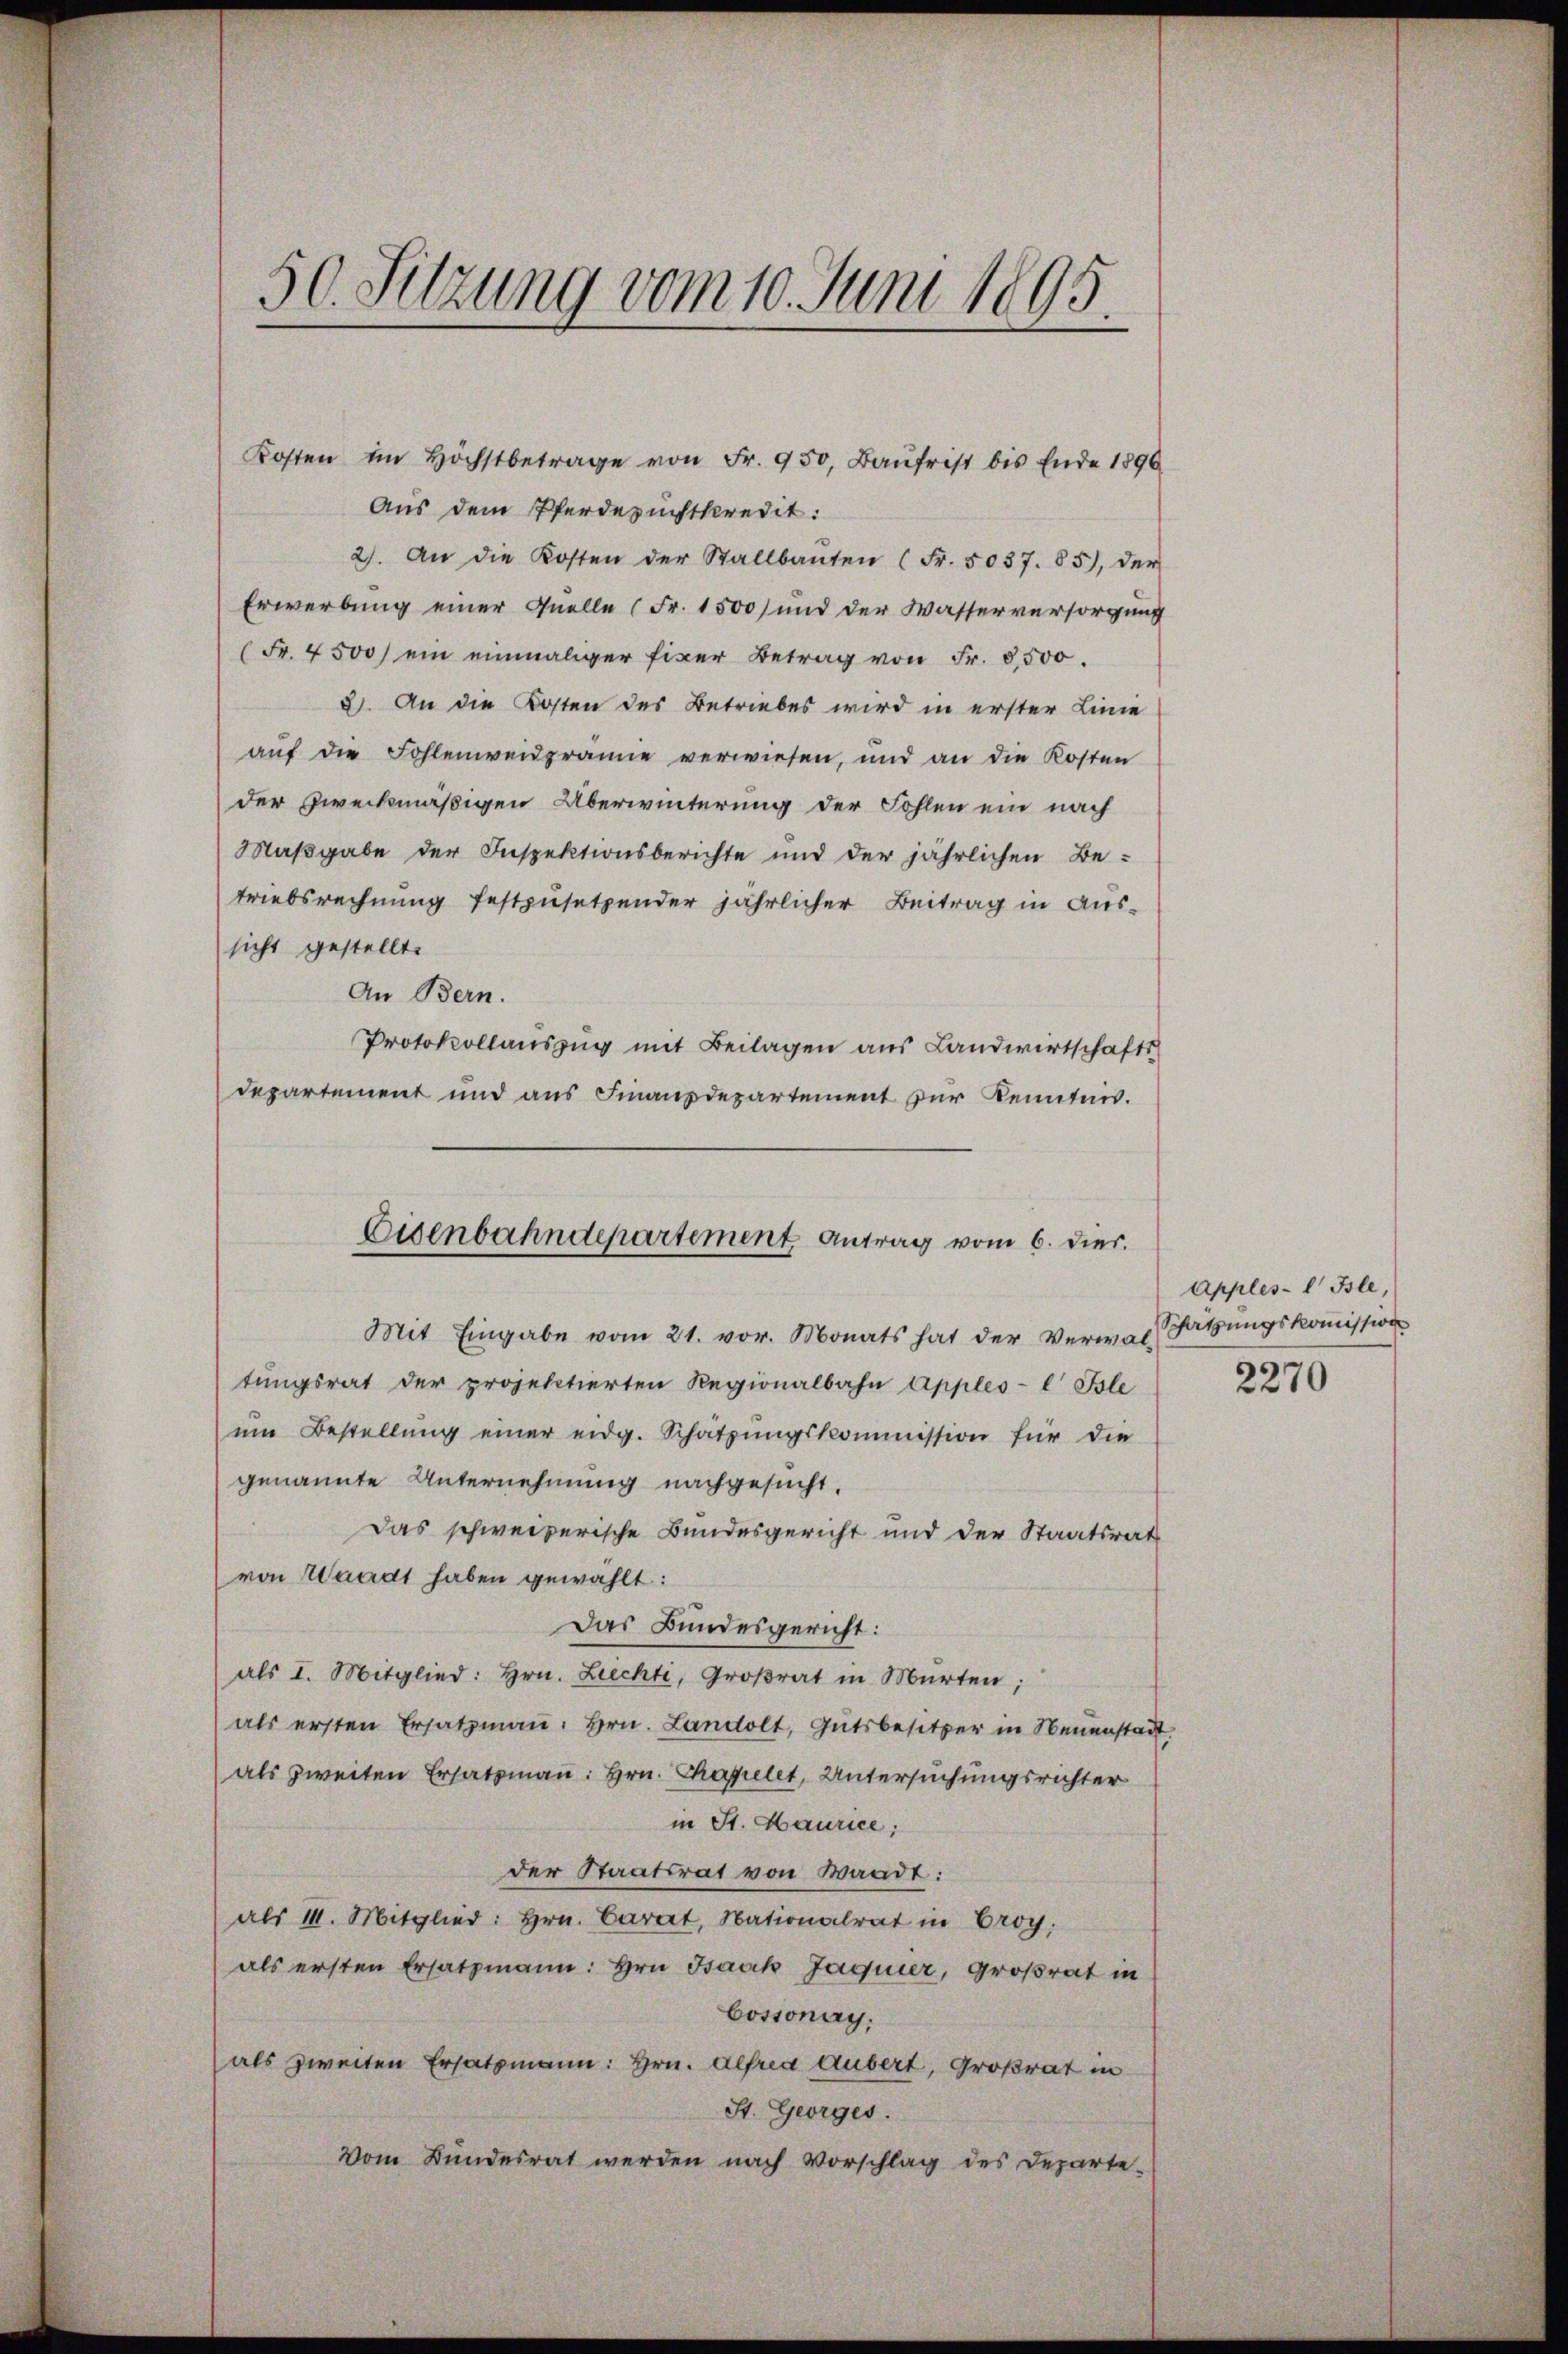
50. Sitzung vom 10. Juni 1895.

Kosten im höchstbetrage von Fr. 950, Baŭfrist bis Ende 1890
Aus dem Pferdezuchtkredit:
2). An die Kosten der Stallbauten (Fr. 5087. 85), der
Erwerbung einer Quelle (Fr. 1500) und der Wasserversorgung
(Fr. 4500) ein einmaliger fixer Betrag von Fr. 8500.
2. An die Kosten des Betriebes wird in erster Linie
auf die Fohlenweidprämie verwiesen, und an die Kosten
der Zweckmäßigen Überwinterung der Fohlen ein nach
Maßgabe der Inspektionsberichte und der jährlichen Betriebsrechnung festzusetzender jährlicher Beitrag in Aussicht gestellt.
An Bern.
Protokollauszug mit Beilagen aus Landwirtschafts
departement und aus Finanzdepartement zur Kenntnis.

Eisenbahndepartement Antrag vom 6. dies.

Mit Eingabe vom 21. vor. Monats hat der Verwal-
tŭngsrat der projektierten Regionalbahn Apples-l Isle
ŭm Bestellŭng einer eidg. Schatzŭngskommission für die
genannte Unternehmung nachgesucht.
Das schweizerische Bundesgericht und der Staatsrat
von Waadt haben gewählt:
Das Bundesgericht:
als I. Mitglied: hrn. Liechti, Groβrat in Murten;
als ersten Ersatzmaṅ. Hrn. Landolt, Gutsbesitzer in Neuenstadt.
als zweiten Ersatzmann: Hrn. Chapelet, Untersuchungsrichter
in St. Haurice;
der Staatsrat von Waadt:
als II. Mitglied: hrn. Carat, Nationalrat in Eroy
als ersten Ersatzmann: Hrn. Bank Jaquier, Großrat in
Cossonay.
als zweiten Ersatzmann: Hrn. Alfred Hubert, Großrat in
St. Georges.
Vom Bundesrat werden nach Vorschlag des Departe-

Apples-l Isle,
Schätzungskommission

2270